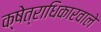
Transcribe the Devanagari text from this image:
क्षेत्राधिकारवाले